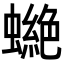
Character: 𧑾